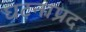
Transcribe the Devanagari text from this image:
घटनाप्रद